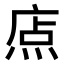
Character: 𤉽